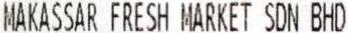
MAKASSAR FRESH MARKET SDN BHD